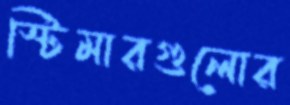
স্টিমারগুলোর